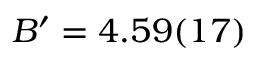
B ^ { \prime } = 4 . 5 9 ( 1 7 )